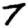
Digit: 7